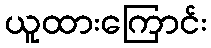
ယူထားကြောင်း